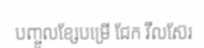
បញ្ចូលខ្សែបម្រើ ជែក វីលស៊ែរ